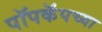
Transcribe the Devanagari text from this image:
पॉपकॅपच्या